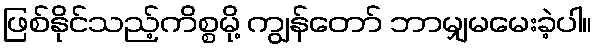
ဖြစ်နိုင်သည့်ကိစ္စမို့ ကျွန်တော် ဘာမျှမမေးခဲ့ပါ။